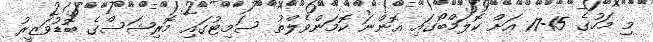
މި މަހުގެ 15-17 އަށް ކޮލަމްބޯގައި އޮންނަ ކޮމަންވެލްތު ސަމިޓުގައި މޮރިޝަސްގެ ބޮޑުވަޒީރު